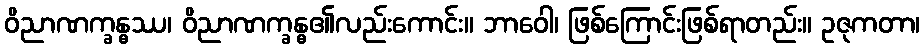
ဝိညာဏက္ခန္ဓဿ၊ ဝိညာဏက္ခန္ဓ၏လည်းကောင်း။ ဘာဝေါ၊ ဖြစ်ကြောင်းဖြစ်ရာတည်း။ ဥဇုကတာ၊